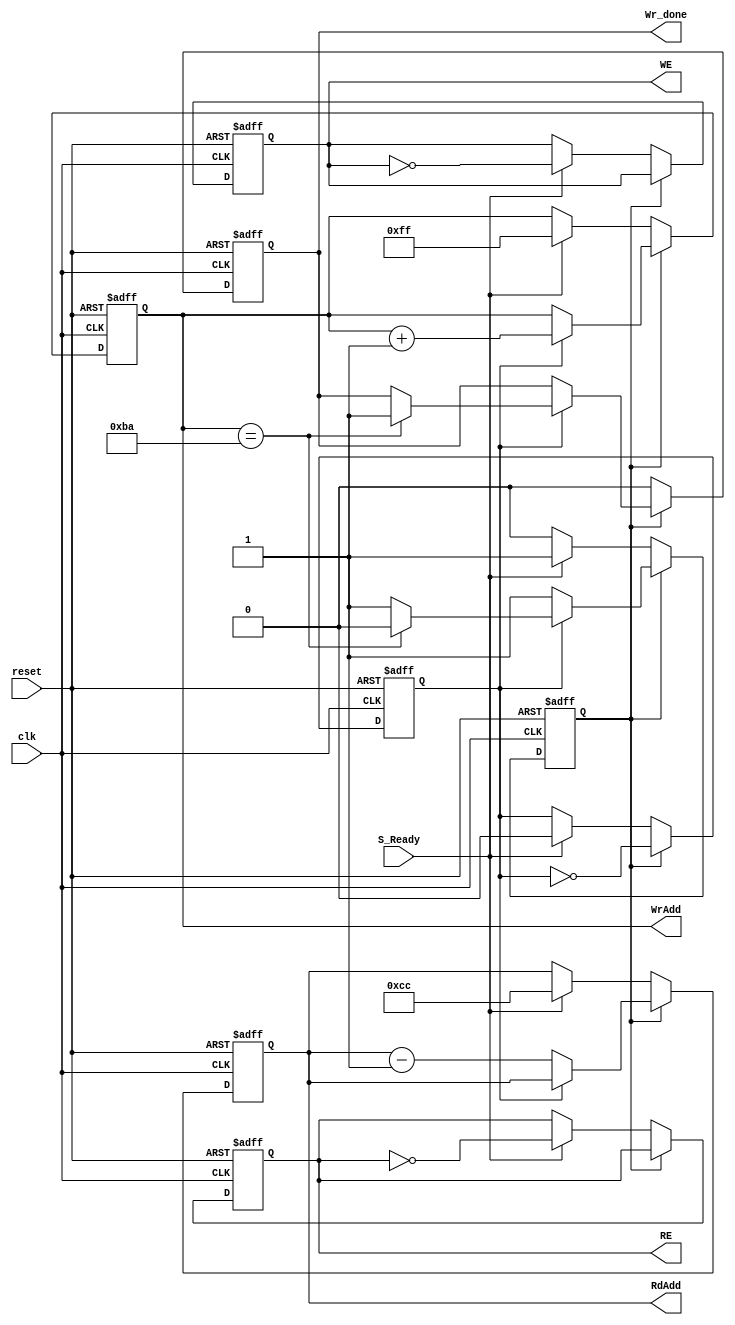
module transport_in2out
///  transport input block from input pipeling memories to output pipeling memories
(

input clk, // input clock planned to be 56 Mhz
input reset, // active high asynchronous reset

// active high flag for one clock to indicate that the block should work
input S_Ready, 

output reg RE,WE,  /// RE for input memories , WE for output memories 

output reg [7:0] RdAdd,WrAdd,

output reg Wr_done

);


reg cnt;

reg state;  //// 0 or 1



always@(posedge clk or posedge reset)
begin
	if(reset)
		begin
			WE<=0;
			RE<=0;
			RdAdd<=0;
			WrAdd<=0;
			Wr_done<=0;
			state<=0;
			cnt<=0;
		end
	else
		begin
			case(state)
			////////////////////////////////////
			1:begin    //// operation is runing
				cnt<=~cnt;
				
				if(cnt)
					begin
						WrAdd<=WrAdd+1;
						if(WrAdd == 186)
							begin
								state<=0;
								Wr_done<=1;
							end
					end
				else
					begin
						RdAdd<=RdAdd-1;
					end
			end
			///////////////////////////////////////
			default:begin    //// idle state
				Wr_done<=0;
				if(S_Ready)
					begin
						state<=1;
						RE<=~RE;
						WE<=~WE;
						RdAdd<= 204;
						WrAdd<= 255;
						cnt<=0;
					end
			end
			///////////////////////////////////
			endcase
		end
end

endmodule